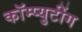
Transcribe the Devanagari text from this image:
कॉम्प्युटींग